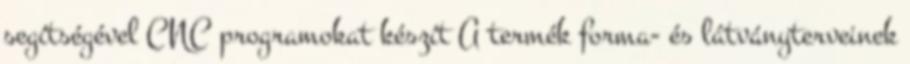
segítségével CNC programokat készít A termék forma- és látványterveinek